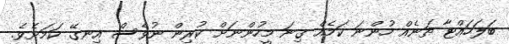
ބަލަހައްޓާ ތަނެއް ހުންނަ ކަމެއް ގިނަ މީހުންނަށް ކުރިން ނުވެސް އިނގޭ ކަމަށެވެ.